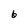
Character: b